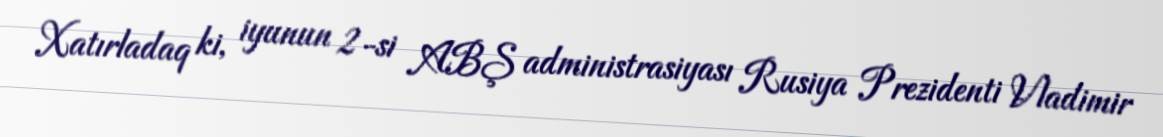
Xatırladaq ki, iyunun 2-si ABŞ administrasiyası Rusiya Prezidenti Vladimir